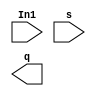
/*
 * Copyright 2018-2024 ISP RAS (http://www.ispras.ru)
 *
 * Licensed under the Apache License, Version 2.0 (the "License");
 * you may not use this file except in compliance with the License.
 * You may obtain a copy of the License at
 *
 *     http://www.apache.org/licenses/LICENSE-2.0
 *
 * Unless required by applicable law or agreed to in writing, software
 * distributed under the License is distributed on an "AS IS" BASIS,
 * WITHOUT WARRANTIES OR CONDITIONS OF ANY KIND, either express or implied.
 * See the License for the specific language governing permissions and
 * limitations under the License.
 */

// IEEE Std 1364-2005
//   14. Specify blocks
//     14.2 Module path declarations
//       14.2.7 Module path polarity
//         14.2.7.1 Unknown polarity

module test(In1, s, q);
  input In1, s;
  output q;

  specify
    specparam In_to_q = 100, s_to_q = 100;
    // Unknown polarity
    (In1 => q) = In_to_q;
    (s   *> q) = s_to_q;
  endspecify
endmodule